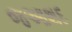
જઆશદ